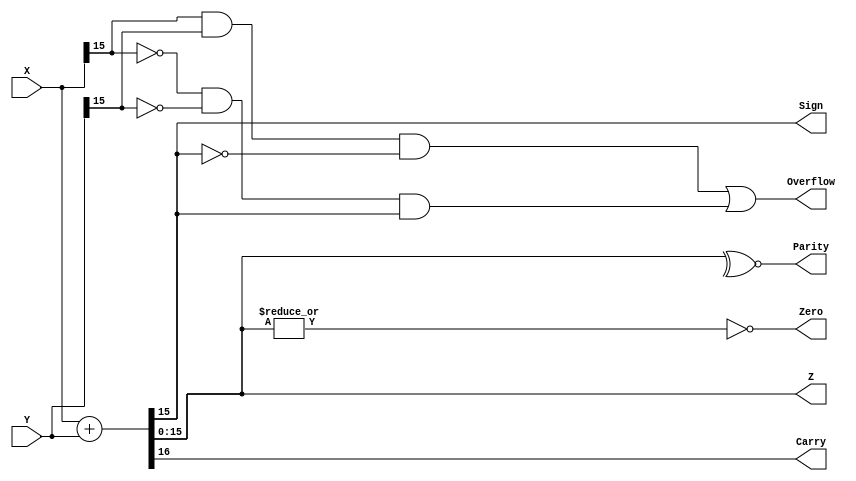
module ALU (X,Y,Z,Sign,Zero,Carry,Parity,Overflow);
	input [15:0] X,Y;
	output [15:0] Z;
	output Sign,Zero,Carry,Parity,Overflow;
	
	assign {Carry,Z} = X + Y ;
	assign Sign = Z[15] ;
	assign Zero = ~|Z ;
	assign Parity = ~^Z;
	assign Overflow = (X[15]&Y[15]&~Z[15])|(~X[15]&~Y[15]&Z[15]) ;
endmodule